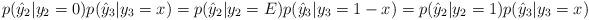
LaTeX: \begin{align*}p(\hat{y}_2|y_2=0)p(\hat{y}_3|y_3=x)=p(\hat{y}_2|y_2=E)p(\hat{y}_3|y_3=1-x)=p(\hat{y}_2|y_2=1)p(\hat{y}_3|y_3=x)\end{align*}